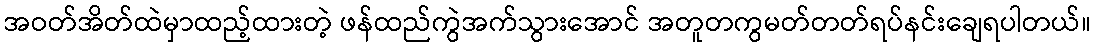
အဝတ်အိတ်ထဲမှာထည့်ထားတဲ့ ဖန်ထည်ကွဲအက်သွားအောင် အတူတကွမတ်တတ်ရပ်နင်းချေရပါတယ်။